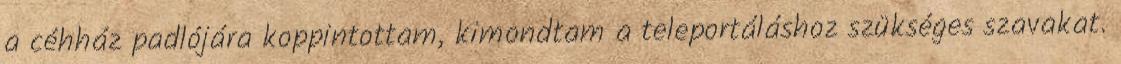
a céhház padlójára koppintottam, kimondtam a teleportáláshoz szükséges szavakat.